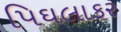
પિઘલાકર